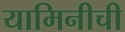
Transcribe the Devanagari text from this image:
यामिनीची